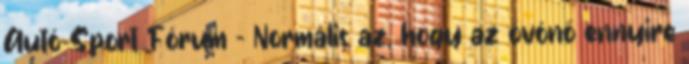
Autó-Sport Fórum - Normális az, hogy az óvónő ennyire